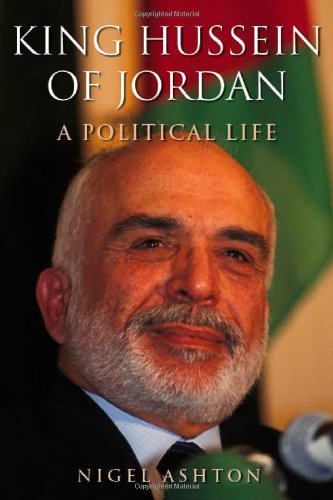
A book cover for King Hussein of Jordan: A Political Life; Nigel Ashton; History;